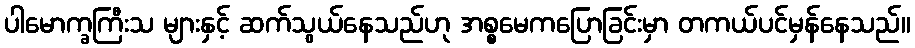
ပါမောက္ခကြီးသ များနှင့် ဆက်သွယ်နေသည်ဟု အစ္စမေကပြောခြင်းမှာ တကယ်ပင်မှန်နေသည်။